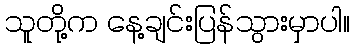
သူတို့က နေ့ချင်းပြန်သွားမှာပါ။